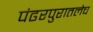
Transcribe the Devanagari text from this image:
पंढरपुरातलेच